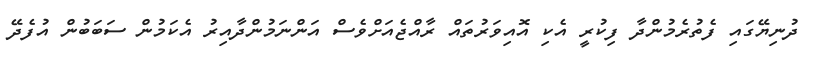
ދުނިޔޭގައި ފެތުރެމުންދާ ފިކުރީ އެކި އޮއިވަރުތައް ރާއްޖެއަށްވެސް އަންނަމުންދާއިރު އެކަމުން ސަބަބުން އުފެދޭ